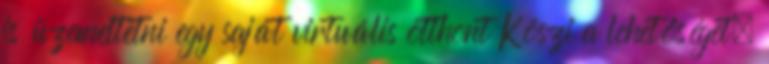
is üzemeltetni egy saját virtuális otthont Köszi a lehetőséget,